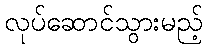
လုပ်ဆောင်သွားမည့်